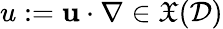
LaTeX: u:={\mathbf{u}}\cdot\nabla\in\mathfrak{X}(\mathcal{D})